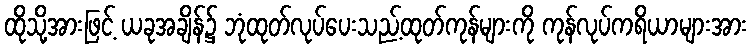
ထိုသို့အားဖြင့် ယခုအချိန်၌ ဘုံထုတ်လုပ်ပေးသည့်ထုတ်ကုန်များကို ကုန်လုပ်ကရိယာများအား